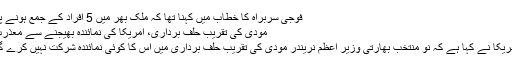
فوجی سربراہ کا خطاب میں کہنا تھا کہ ملک بھر میں 5 افراد کے جمع ہونے پر
مودی کی تقریب حلف برداری، امریکا کی نمائندہ بھیجنے سے معذرت
امریکا نے کہا ہے کہ نو منتخب بھارتی وزیر اعظم نریندر مودی کی تقریب حلف برداری میں اس کا کوئی نمائندہ شرکت نہیں کرے گا۔